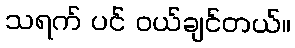
သရက် ပင် ဝယ်ချင်တယ်။